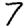
Digit: 7